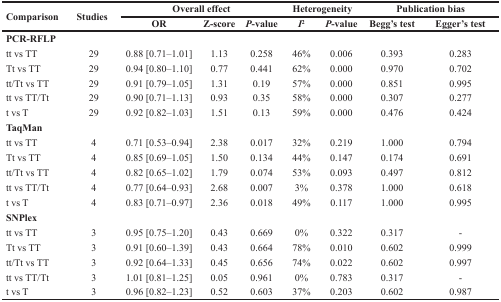
<table><thead><tr><td rowspan="2"><b>Comparison</b></td><td rowspan="2"><b>Studies</b></td><td colspan="3"><b>Overall effect</b></td><td colspan="2"><b>Heterogeneity</b></td><td colspan="2"><b>Publication bias</b></td></tr><tr><td><b>OR</b></td><td><b>Z-score</b></td><td><b><i>p</i>-value</b></td><td><b>I<sup>2</sup></b></td><td><b><i>P</i>-value</b></td><td><b>Begg&#x27;s test</b></td><td><b>Egger&#x27;s test</b></td></tr></thead><tbody><tr><td colspan="9"><b>PCR-RFLP</b></td></tr><tr><td>tt vs TT</td><td>29</td><td>0.88 [0.71–1.01]</td><td>1.13</td><td>0.258</td><td>46%</td><td>0.006</td><td>0.393</td><td>0.283</td></tr><tr><td>Tt vs TT</td><td>29</td><td>0.94 [0.80–1.10]</td><td>0.77</td><td>0.441</td><td>62%</td><td>0.000</td><td>0.970</td><td>0.702</td></tr><tr><td>tt/Tt vs TT</td><td>29</td><td>0.91 [0.79–1.05]</td><td>1.31</td><td>0.19</td><td>57%</td><td>0.000</td><td>0.851</td><td>0.995</td></tr><tr><td>tt vs TT/Tt</td><td>29</td><td>0.90 [0.71–1.13]</td><td>0.93</td><td>0.35</td><td>58%</td><td>0.000</td><td>0.307</td><td>0.277</td></tr><tr><td>t vs T</td><td>29</td><td>0.92 [0.82–1.03]</td><td>1.51</td><td>0.13</td><td>59%</td><td>0.000</td><td>0.476</td><td>0.424</td></tr><tr><td colspan="9"><b>TaqMan</b></td></tr><tr><td>tt vs TT</td><td>4</td><td>0.71 [0.53–0.94]</td><td>2.38</td><td>0.017</td><td>32%</td><td>0.219</td><td>1.000</td><td>0.794</td></tr><tr><td>Tt vs TT</td><td>4</td><td>0.85 [0.69–1.05]</td><td>1.50</td><td>0.134</td><td>44%</td><td>0.147</td><td>0.174</td><td>0.691</td></tr><tr><td>tt/Tt vs TT</td><td>4</td><td>0.82 [0.65–1.02]</td><td>1.79</td><td>0.074</td><td>53%</td><td>0.093</td><td>0.497</td><td>0.812</td></tr><tr><td>tt vs TT/Tt</td><td>4</td><td>0.77 [0.64–0.93]</td><td>2.68</td><td>0.007</td><td>3%</td><td>0.378</td><td>1.000</td><td>0.618</td></tr><tr><td>t vs T</td><td>4</td><td>0.83 [0.71–0.97]</td><td>2.36</td><td>0.018</td><td>49%</td><td>0.117</td><td>1.000</td><td>0.995</td></tr><tr><td colspan="9"><b>SNPlex</b></td></tr><tr><td>tt vs TT</td><td>3</td><td>0.95 [0.75–1.20]</td><td>0.43</td><td>0.669</td><td>0%</td><td>0.322</td><td>0.317</td><td>-</td></tr><tr><td>Tt vs TT</td><td>3</td><td>0.91 [0.60–1.39]</td><td>0.43</td><td>0.664</td><td>78%</td><td>0.010</td><td>0.602</td><td>0.999</td></tr><tr><td>tt/Tt vs TT</td><td>3</td><td>0.92 [0.64–1.33]</td><td>0.45</td><td>0.656</td><td>74%</td><td>0.022</td><td>0.602</td><td>0.997</td></tr><tr><td>tt vs TT/Tt</td><td>3</td><td>1.01 [0.81–1.25]</td><td>0.05</td><td>0.961</td><td>0%</td><td>0.783</td><td>0.317</td><td>-</td></tr><tr><td>t vs T</td><td>3</td><td>0.96 [0.82–1.23]</td><td>0.52</td><td>0.603</td><td>37%</td><td>0.203</td><td>0.602</td><td>0.987</td></tr></tbody></table>